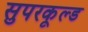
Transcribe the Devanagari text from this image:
सुपरकूल्ड